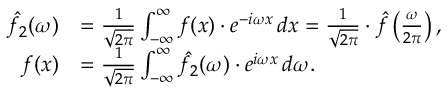
{ \begin{array} { r l } { { \hat { f _ { 2 } } } ( \omega ) } & { = { \frac { 1 } { \sqrt { 2 \pi } } } \int _ { - \infty } ^ { \infty } f ( x ) \cdot e ^ { - i \omega x } \, d x = { \frac { 1 } { \sqrt { 2 \pi } } } \cdot { \hat { f } } \left( { \frac { \omega } { 2 \pi } } \right) , } \\ { f ( x ) } & { = { \frac { 1 } { \sqrt { 2 \pi } } } \int _ { - \infty } ^ { \infty } { \hat { f _ { 2 } } } ( \omega ) \cdot e ^ { i \omega x } \, d \omega . } \end{array} }